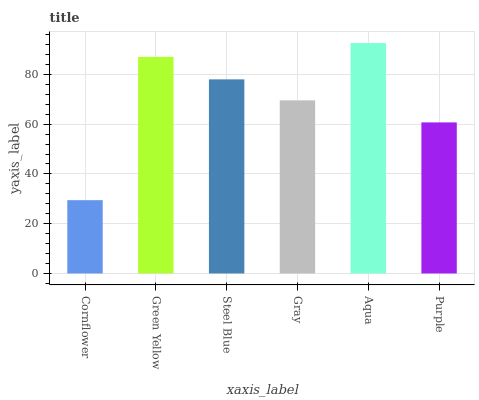
| xaxis_label | bars |
 | --- | --- |
 | Cornflower | 29.5 |
 | Green Yellow | 87 |
 | Steel Blue | 78 |
 | Gray | 69.6 |
 | Aqua | 92.6 |
 | Purple | 60.7 |